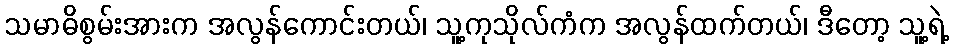
သမာဓိစွမ်းအားက အလွန်ကောင်းတယ်၊ သူ့ကုသိုလ်ကံက အလွန်ထက်တယ်၊ ဒီတော့ သူ့ရဲ့